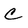
Character: C